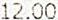
12.00